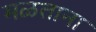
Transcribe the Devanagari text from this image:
मळताना